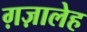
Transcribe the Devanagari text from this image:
ग़ज़ालेह